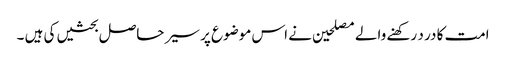
امت کا در د رکھنے والے مصلحین نے اس موضوع پر سیر حاصل بحثیں کی ہیں ۔